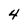
Character: 4